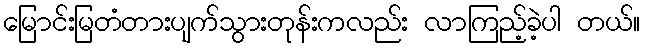
မြောင်းမြတံတားပျက်သွားတုန်းကလည်း လာကြည့်ခဲ့ပါ တယ်။